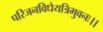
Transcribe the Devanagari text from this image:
परिजनविधेयत्रिभुवनः।।